Vaccination in the Punjab 1905-1918 - 1905-1918
Year: 1905
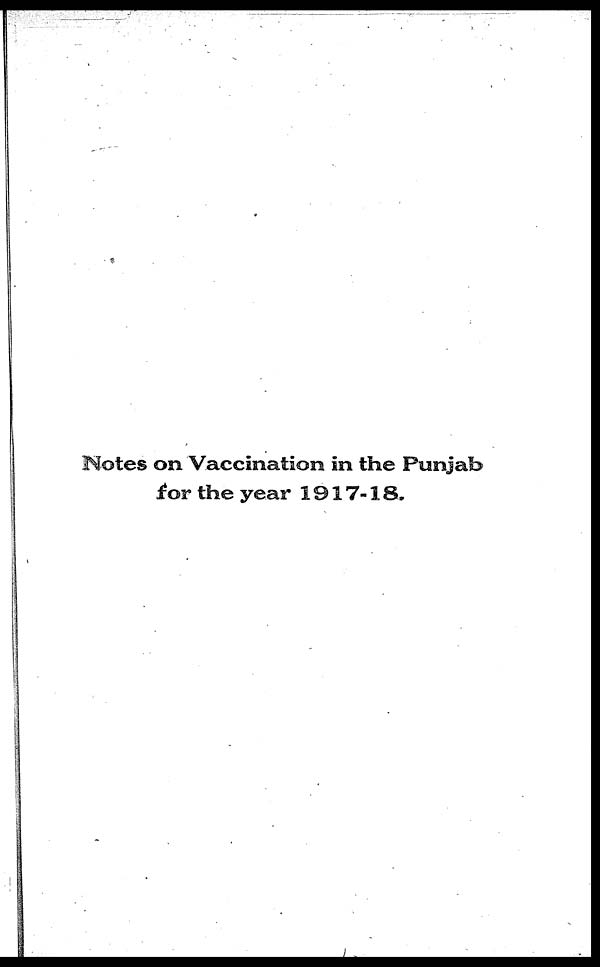
Notes on Vaccination in the Punjab
for the year 1917-18.